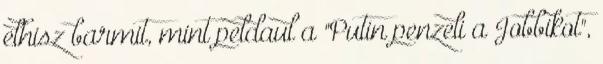
elhisz barmit, mint peldaul a "Putin penzeli a Jobbikot",